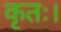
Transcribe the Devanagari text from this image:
कृतः।